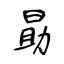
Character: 勗